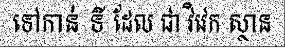
ទៅកាន់ ទី ដែល ជា វិវេក ស្ថាន